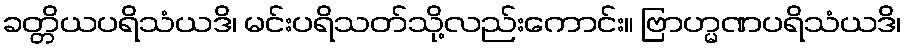
ခတ္တိယပရိသံယဒိ၊ မင်းပရိသတ်သို့လည်းကောင်း။ ဗြာဟ္မဏပရိသံယဒိ၊